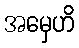
အမှေဟိ